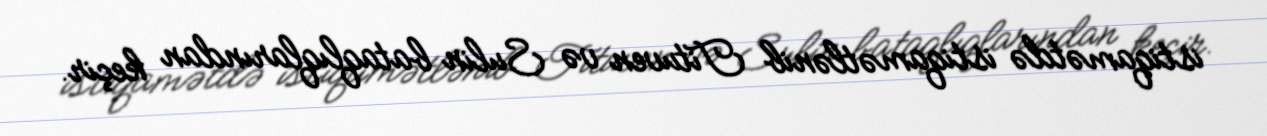
istiqamətdə istiqamətlənib Tituven və Sulin bataqlıqlarından keçir.